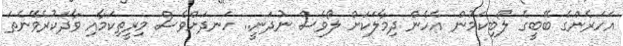
އަހަރެންގެ ބޭބީގެ ލޯބިކަމުން އެހެން ދިމާލަކަށް ލޯވެސް ނުދަނީ.. ހަނދަށްވެސް މިރީތިކަމާއި ވާދަކުރެވޭނެތަ